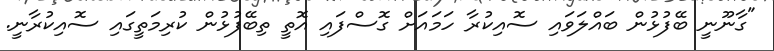
"ގާނޫނީ ބޭފުޅުން ބައްލަވައި ސޮއިކުރާ ހަމައަށް ގޮސްފައި އޮތީ ތިބޭފުޅުން ކުރިމަތީގައި ސޮއިކުރާނީ.